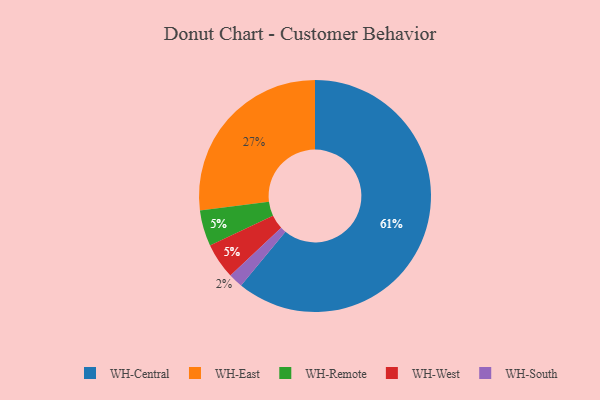
{"axis": {"x": "Category", "y": "Percentage"}, "legend": ["WH-Central", "WH-East", "WH-Remote", "WH-South", "WH-West"], "data": [{"x": "WH-Remote", "y": 5, "type": "WH-Remote"}, {"x": "WH-West", "y": 5, "type": "WH-West"}, {"x": "WH-East", "y": 27, "type": "WH-East"}, {"x": "WH-Central", "y": 61, "type": "WH-Central"}, {"x": "WH-South", "y": 2, "type": "WH-South"}]}